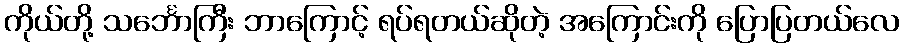
ကိုယ်တို့ သင်္ဘောကြီး ဘာကြောင့် ရပ်ရတယ်ဆိုတဲ့ အကြောင်းကို ပြောပြတယ်လေ